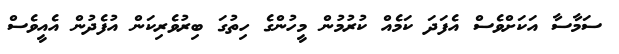
ސަމާސާ އަކަށްވެސް އެފަދަ ކަމެއް ކުރުމުން މީހުންގެ ހިތުގަ ބިރުވެރިކަން އުފެދުން އެއީވެސް